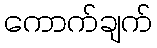
ကောက်ချက်